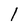
Character: 1